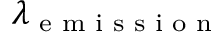
\lambda _ { \textrm { e m i s s i o n } }